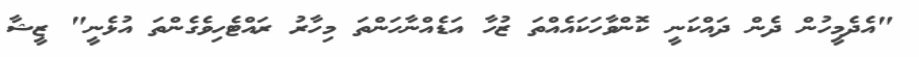
"އެދެމީހުން ދެން ދައްކަނީ ކޮންވާހަކައެއްތަ ޒުހާ އަޑެއްނާހަންތަ މިހާރު ރައްޓެހިވެގެންތަ އުޅެނީ" ޒީޝާ